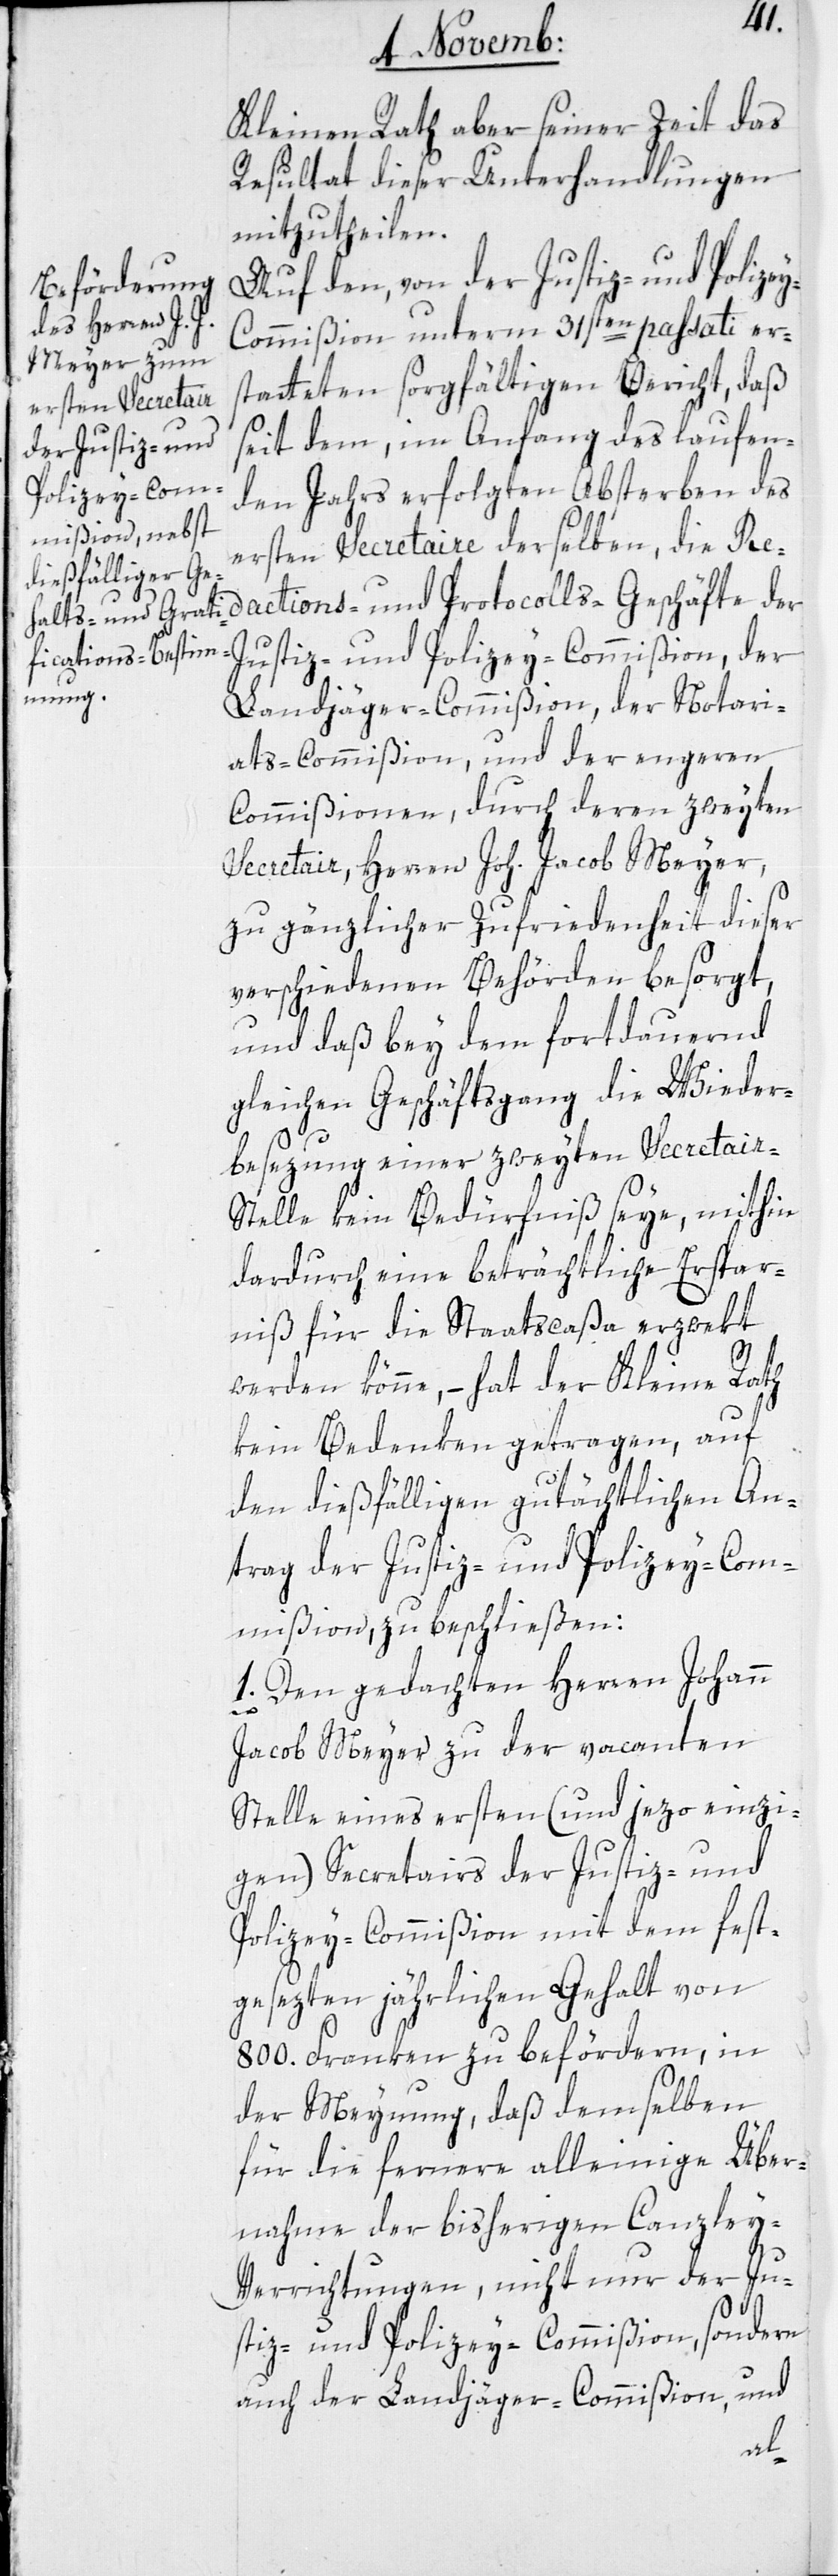
Kleinen Rath aber seiner Zeit das
Resultat dieser Unterhandlungen
mitzutheilen.
Auf den von der Justiz- und Polize¬
y-Commißion unterm 31sten passati er¬
statteten sorgfältigen Bericht, daß
seit dem, im Anfang des laufen¬
den Jahrs erfolgten Absterben des
ersten Secretaire derselben, die Red¬
Justiz- und Polizey-Commißion, der
Landjäger-Commißion, der Notari¬
ats-Commißion und der engeren
Commißionen, durch deren zweyten
Secretair, Herren Joh. Jacob Meyer,
zu gänzlicher Zufriedenheit dieser
verschiedenen Behörden besorgt,
und daß bey dem fortdauernd
gleichen Geschäftsgang die Wieder¬
besetzung einer zweyten Secretair-S¬
telle kein Bedürfniß seye, mithin
dardurch eine beträchtliche Erspar¬
niß für die Staatscaßa erzwekt
werden könne, – hat der Kleine Rath
kein Bedenken getragen, auf
den dießfälligen gutächtlichen An¬
trag der Justiz- und Polizey-Com¬
mißion zu beschließen:
1. Den gedachten Herren Johann
Jacob Meyer zu der vacanten
Stelle eines ersten (und jetzo einzi¬
gen) Secretairs der Justiz- und
Polizey-Commißion mit dem fest¬
gesezten jährlichen Gehalt von
800. Franken zu befördern, in
der Meynung, daß demselben
für die fernere alleinige Über¬
nahme der bisherigen Canzle¬
y-Verrichtungen, nicht nur der Ju¬
stiz- und Polizey-Commißion, sondern
auch der Landjäger-Commißion, und
ions-